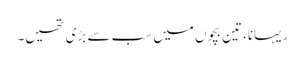
ریہانا، تین بچوں میں سب سے بڑی تھیں۔